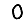
Digit: 0